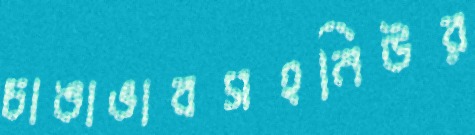
চাঙাভাবসহনিউর